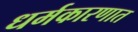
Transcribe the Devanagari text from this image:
धर्मकारणात